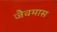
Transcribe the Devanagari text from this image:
जैवमास